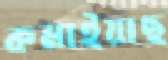
কমাইয়াছ